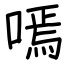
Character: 嘕